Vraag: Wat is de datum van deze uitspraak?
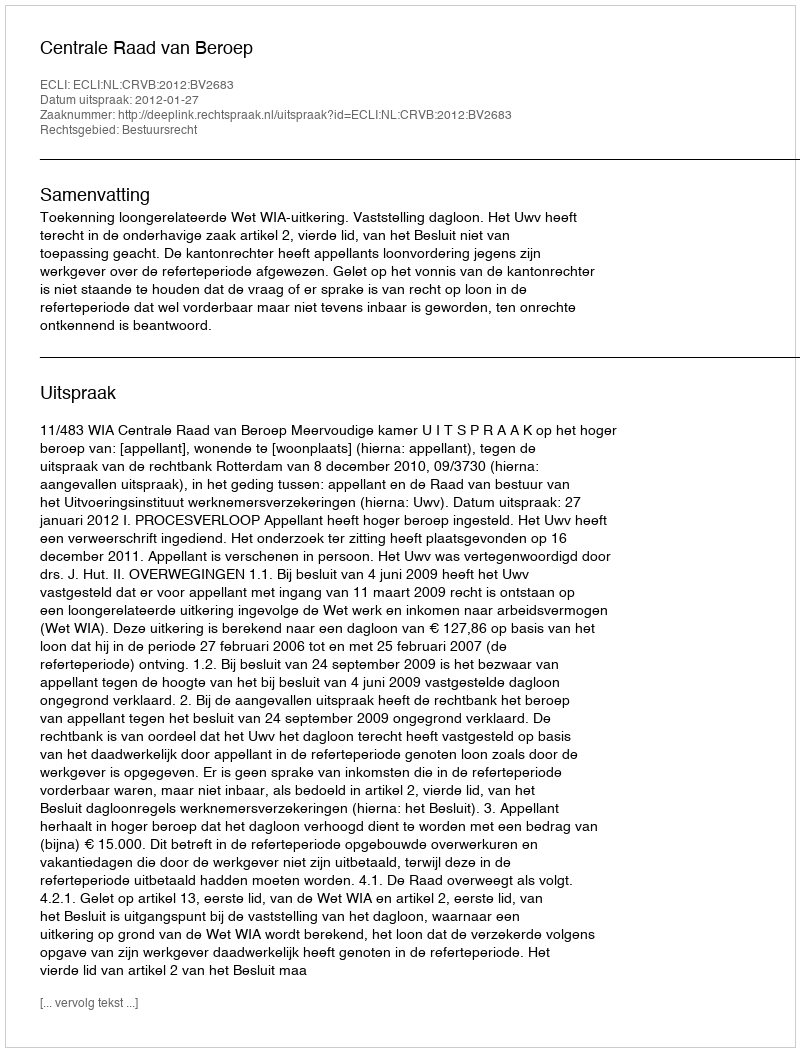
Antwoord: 2012-01-27